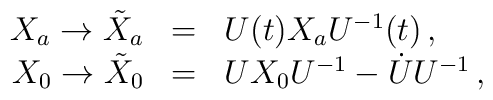
\begin{array}{rcl} X_a \to \tilde X_a & = & U(t)X_aU^{-1}(t)\, ,\\X_0 \to \tilde X_0 & = & U X_0 U^{-1} - \dot U U^{-1}\, ,\end{array}